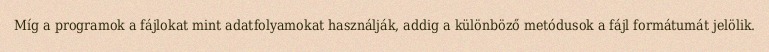
Míg a programok a fájlokat mint adatfolyamokat használják, addig a különböző metódusok a fájl formátumát jelölik.